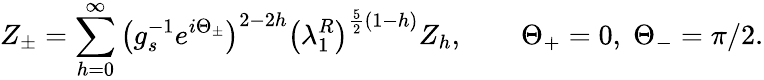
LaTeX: Z_{\pm}=\sum_{h=0}^{\infty}\left(g_{s}^{-1}e^{i\Theta_{\pm}}\right)^{2-2h}\left(\lambda_{1}^{R}\right)^{{\frac{5}{2}}(1-h)}Z_{h},\qquad\Theta_{+}=0,\; \Theta_{-}=\pi/2.